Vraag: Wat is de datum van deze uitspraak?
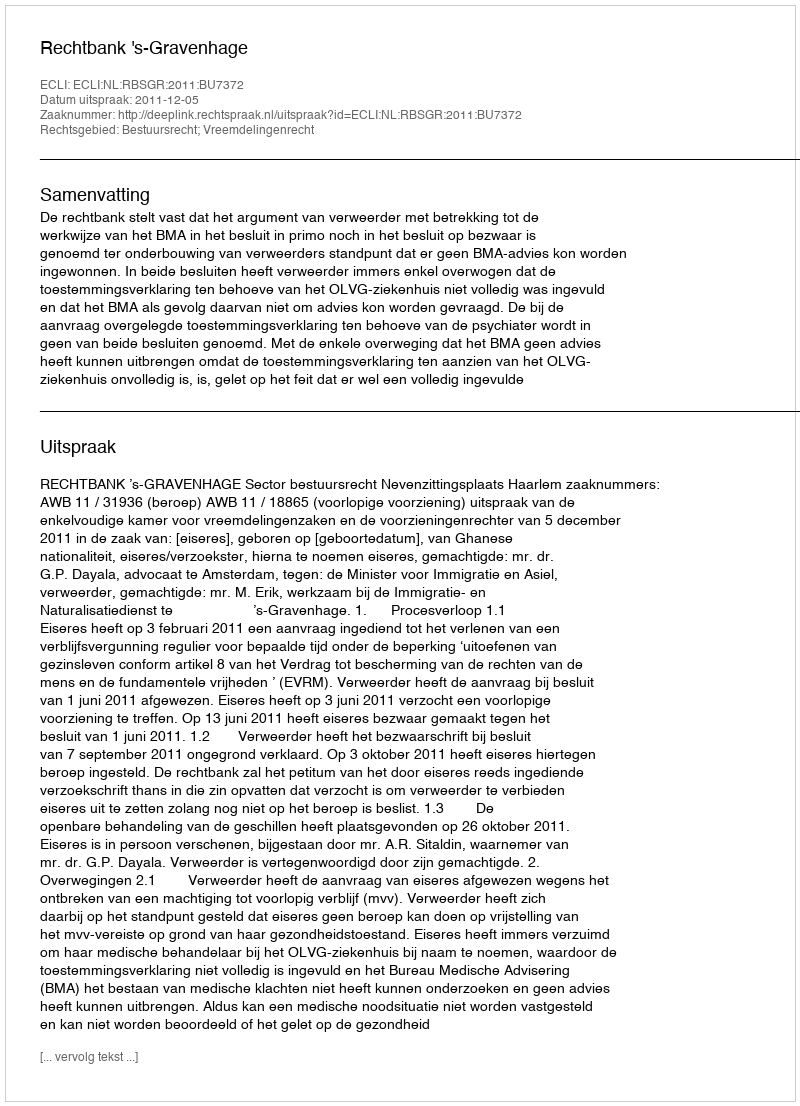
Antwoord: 2011-12-05